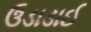
ઉડાડાઈ